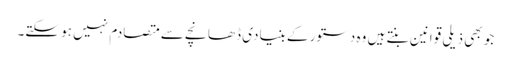
جو بھی ذیلی قوانین بنتے ہیں وہ دستور کے بنیادی ڈھانچے سے متصادم نہیں ہو سکتے۔